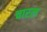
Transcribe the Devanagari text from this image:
चारल